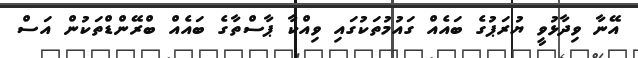
އޭނާ ވިދާޅުވީ ޔުރަޕުގެ ބައެއް ގައުމުތަކުގައި ވިއްކާ ޕާސްތާގެ ބައެއް ބްރޭންޑްތަކުން އަސް